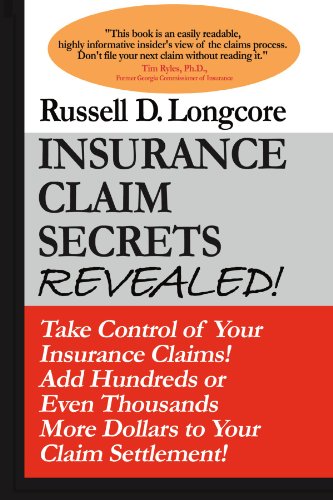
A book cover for Insurance Claim Secrets Revealed!; Russell D. Longcore; Business & Money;